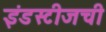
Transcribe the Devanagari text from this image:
इंडस्टीजची